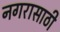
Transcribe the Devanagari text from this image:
नगरासाठी